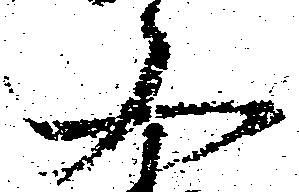
又